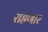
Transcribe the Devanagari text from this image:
राह्रणार